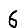
Digit: 6